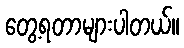
တွေ့ရတာများပါတယ်။